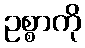
ဥစ္စာကို